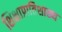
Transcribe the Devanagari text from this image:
शिक्षाप्रातिशाख्य